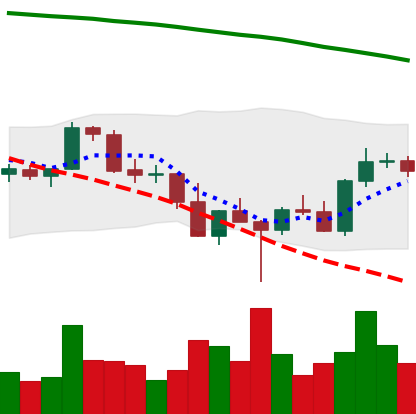
Ticker: BNB-USD
Chart end date: 2022-03-03
Forward return: -5.115%
Label: down_5_7